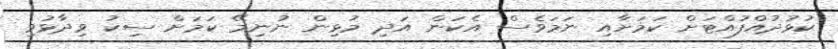
ކުޅުދުއްފުއްޓަށް ކަމަށާއި ނަމަވެސް އެކަން އަދި މުޅިން ނުނިމޭ ކަމަށް ސިކު ވިދާޅުވި